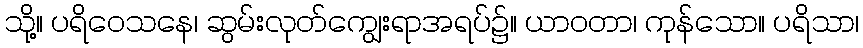
သို့။ ပရိဝေသနေ၊ ဆွမ်းလုတ်ကျွေးရာအရပ်၌။ ယာဝတာ၊ ကုန်သော။ ပရိသာ၊